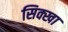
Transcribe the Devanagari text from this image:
सिक्खा